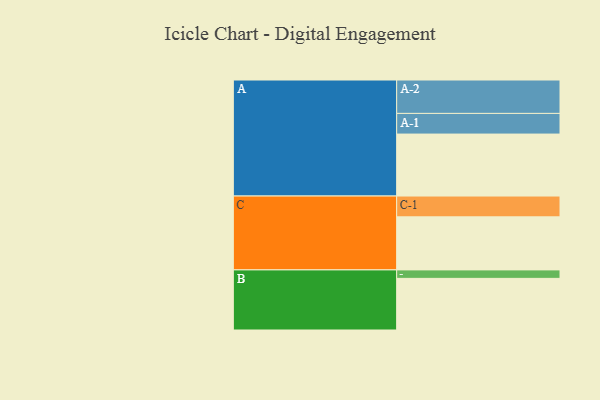
{"axis": {"x": "Segment", "y": "Value"}, "legend": ["", "A", "B", "C"], "data": [{"x": "A", "y": 432, "type": ""}, {"x": "B", "y": 360, "type": ""}, {"x": "C", "y": 370, "type": ""}, {"x": "A-1", "y": 144, "type": "A"}, {"x": "A-2", "y": 233, "type": "A"}, {"x": "B-1", "y": 59, "type": "B"}, {"x": "C-1", "y": 145, "type": "C"}]}